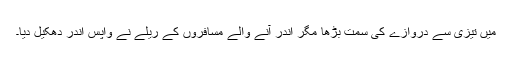
میں تیزی سے دروازے کی سمت بڑھا مگر اندر آنے والے مسافروں کے ریلے نے واپس اندر دھکیل دیا۔